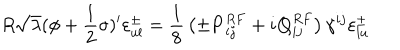
R \sqrt { \lambda } ( \phi + { \frac { 1 } { 2 } } \sigma ) ^ { \prime } \varepsilon _ { u l } ^ { \pm } = { \frac { 1 } { 8 } } \left( \pm { \bf { P } } _ { i j } ^ { R F } + i { \bf { Q } } _ { i j } ^ { R F } \right) \gamma ^ { i j } \varepsilon _ { l u } ^ { \pm }